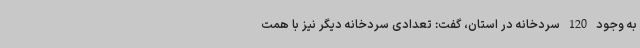
به وجود 120 سردخانه در استان، گفت: تعدادی سردخانه دیگر نیز با همت